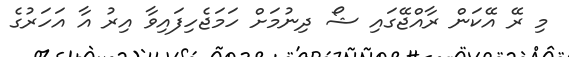
މި ރޭ އޭކަން ރާއްޖޭގައި ޝޯ ދިނުމަށް ހަމަޖެހިފައިވާ އިރު އާ އަހަރުގެ